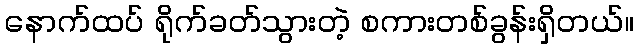
နောက်ထပ် ရိုက်ခတ်သွားတဲ့ စကားတစ်ခွန်းရှိတယ်။